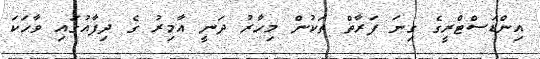
އިންޑަސްޓްރީގެ ގިނަ ފަރާތް ތަކުން މިހާރު ދަަނީ އާމިރު ގެ ދިފާއުގައި ވާހަކަ